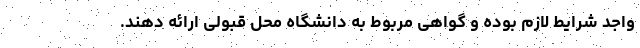
واجد شرایط لازم بوده و گواهی مربوط به دانشگاه محل قبولی ارائه دهند.